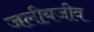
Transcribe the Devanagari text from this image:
जलीयजीव